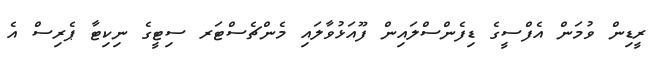
ރީޑިން ވުމަން އެފްސީގެ ޑިފެންސްލައިން ފޫއަޅުވާލައި މެންޗެސްޓަރ ސިޓީގެ ނިކިޓާ ޕެރިސް އެ